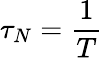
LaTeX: \tau_{N}=\frac{1}{T}